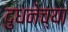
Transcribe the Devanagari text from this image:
दुधनेच्या